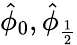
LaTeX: \hat{\phi}_{0},\hat{\phi}_{\frac{1}{2}}